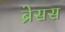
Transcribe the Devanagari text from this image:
ब्रेसस